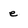
Character: e